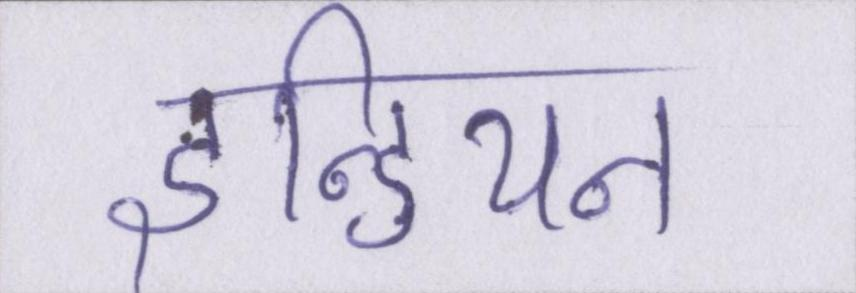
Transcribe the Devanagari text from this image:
इन्डियन